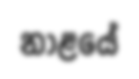
නාළයේ